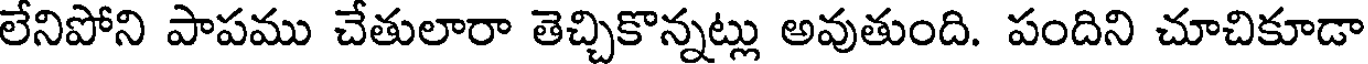
లేనిపోని పాపము చేతులారా తెచ్చికొన్నట్లు అవుతుంది. పందిని చూచికూడా